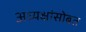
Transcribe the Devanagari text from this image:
अध्यक्षांसोबत